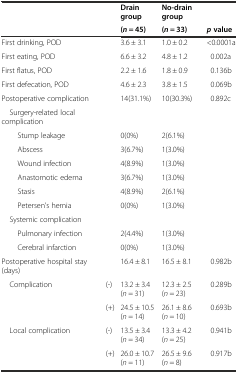
<table><thead><tr><td></td><td></td><td><b>Drain group</b></td><td><b>No-drain group</b></td><td></td></tr><tr><td></td><td></td><td><b>(<i>n</i> = 45)</b></td><td><b>(<i>n</i> = 33)</b></td><td><b><i>p</i>value</b></td></tr></thead><tbody><tr><td>First drinking, POD</td><td></td><td>3.6 ± 3.1</td><td>1.0 ± 0.2</td><td>&lt;0.0001a</td></tr><tr><td>First eating, POD</td><td></td><td>6.6 ± 3.2</td><td>4.8 ± 1.2</td><td>0.002a</td></tr><tr><td>First flatus, POD</td><td></td><td>2.2 ± 1.6</td><td>1.8 ± 0.9</td><td>0.136b</td></tr><tr><td>First defecation, POD</td><td></td><td>4.6 ± 2.3</td><td>3.8 ± 1.5</td><td>0.069b</td></tr><tr><td>Postoperative complication</td><td></td><td>14(31.1%)</td><td>10(30.3%)</td><td>0.892c</td></tr><tr><td> Surgery-related local complication</td><td></td><td></td><td></td><td></td></tr><tr><td>Stump leakage</td><td></td><td>0(0%)</td><td>2(6.1%)</td><td></td></tr><tr><td>Abscess</td><td></td><td>3(6.7%)</td><td>1(3.0%)</td><td></td></tr><tr><td>Wound infection</td><td></td><td>4(8.9%)</td><td>1(3.0%)</td><td></td></tr><tr><td>Anastomotic edema</td><td></td><td>3(6.7%)</td><td>1(3.0%)</td><td></td></tr><tr><td>Stasis</td><td></td><td>4(8.9%)</td><td>2(6.1%)</td><td></td></tr><tr><td>Petersen’s hernia</td><td></td><td>0(0%)</td><td>1(3.0%)</td><td></td></tr><tr><td> Systemic complication</td><td></td><td></td><td></td><td></td></tr><tr><td>Pulmonary infection</td><td></td><td>2(4.4%)</td><td>1(3.0%)</td><td></td></tr><tr><td>Cerebral infarction</td><td></td><td>0(0%)</td><td>1(3.0%)</td><td></td></tr><tr><td>Postoperative hospital stay (days)</td><td></td><td>16.4 ± 8.1</td><td>16.5 ± 8.1</td><td>0.982b</td></tr><tr><td> Complication</td><td>(-)</td><td>13.2 ± 3.4(<i>n</i> = 31)</td><td>12.3 ± 2.5(<i>n</i> = 23)</td><td>0.289b</td></tr><tr><td></td><td>(+)</td><td>24.5 ± 10.5(<i>n</i> = 14)</td><td>26.1 ± 8.6(<i>n</i> = 10)</td><td>0.693b</td></tr><tr><td> Local complication</td><td>(-)</td><td>13.5 ± 3.4(<i>n</i> = 34)</td><td>13.3 ± 4.2(<i>n</i> = 25)</td><td>0.941b</td></tr><tr><td></td><td>(+)</td><td>26.0 ± 10.7(<i>n</i> = 11)</td><td>26.5 ± 9.6(<i>n</i> = 8)</td><td>0.917b</td></tr></tbody></table>